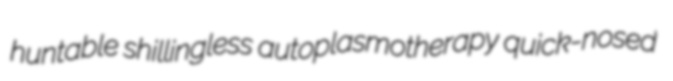
huntable shillingless autoplasmotherapy quick-nosed